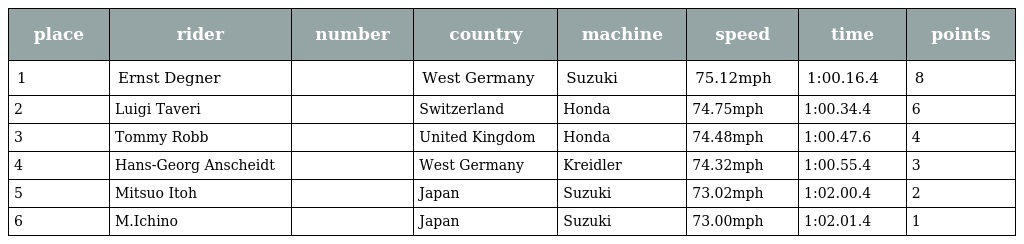
| place | rider | number | country | machine | speed | time | points |
 | --- | --- | --- | --- | --- | --- | --- | --- |
 | 1 | Ernst Degner |  | West Germany | Suzuki | 75.12mph | 1:00.16.4 | 8 |
 | 2 | Luigi Taveri |  | Switzerland | Honda | 74.75mph | 1:00.34.4 | 6 |
 | 3 | Tommy Robb |  | United Kingdom | Honda | 74.48mph | 1:00.47.6 | 4 |
 | 4 | Hans-Georg Anscheidt |  | West Germany | Kreidler | 74.32mph | 1:00.55.4 | 3 |
 | 5 | Mitsuo Itoh |  | Japan | Suzuki | 73.02mph | 1:02.00.4 | 2 |
 | 6 | M.Ichino |  | Japan | Suzuki | 73.00mph | 1:02.01.4 | 1 |